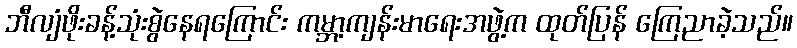
ဘီလျံဖိုးခန့်သုံးစွဲနေရကြောင်း ကမ္ဘာ့ကျန်းမာရေးအဖွဲ့က ထုတ်ပြန် ကြေညာခဲ့သည်။